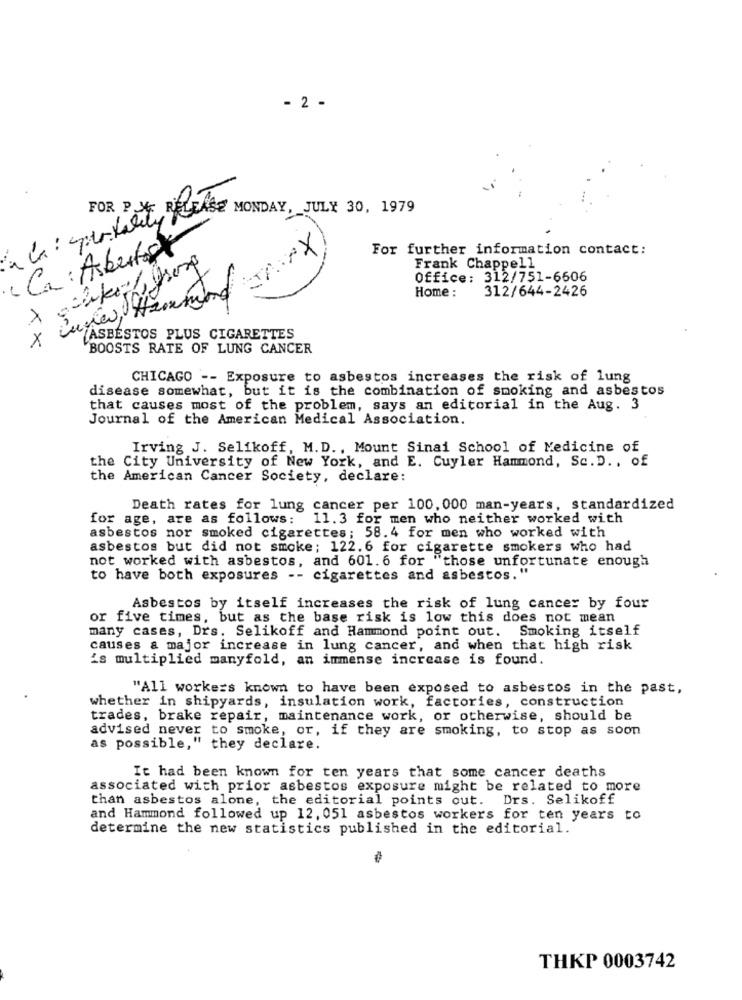
- 2 -
FOR PJE RELEASE MONDAY, JULY 30, 1979
Ca : Asbestos
For further information contact:
Frank Chappell
Office: 312/751-6606
Home :
312/644-2426
X
[ASBESTOS PLUS CIGARETTES
BOOSTS RATE OF LUNG CANCER
CHICAGO -- Exposure to asbestos increases the risk of lung
disease somewhat, but it is the combination of smoking and asbestos
that causes most of the problem, says an editorial in the Aug. 3
Journal of the American Medical Association.
Irving J. Selikoff, M.D ., Mount Sinai School of Medicine of
the City University of New York, and E. Cuyler Hammond, Sc. D ., of
the American Cancer Society, declare:
Death rates for lung cancer per 100, 000 man-years, standardized
for age, are as follows:
11.3 for men who neither worked with
asbestos nor smoked cigarettes; 58.4 for men who worked with
asbestos but did not smoke; 122.6 for cigarette smokers who had
not worked with asbestos, and 601.6 for "those unfortunate enough
to have both exposures -- cigarettes and asbestos."
Asbestos by itself increases the risk of lung cancer by four
or five times, but as the base risk is low this does not mean
many cases, Drs. Selikoff and Hammond point out. Smoking itself
causes a major increase in lung cancer, and when that high risk
is multiplied manyfold, an immense increase is found.
"All workers known to have been exposed to asbestos in the past,
whether in shipyards, insulation work, factories, construction
trades, brake repair, maintenance work, or otherwise, should be
advised never to smoke, or, if they are smoking, to stop as soon
as possible," they declare.
It had been known for ten years that some cancer deaths
associated with prior asbestos exposure might be related to more
than asbestos alone, the editorial points out. Drs. Selikoff
and Hammond followed up 12, 051 asbestos workers for ten years to
determine the new statistics published in the editorial.
THKP 0003742